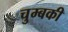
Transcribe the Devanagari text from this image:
चुम्बकी